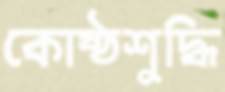
কোষ্ঠশুদ্ধি